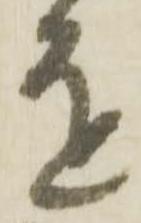
を